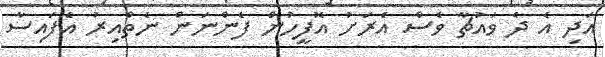
އަދި އެ ދެ ވައުޗާ ވެސް އެރަށު އޮފީހުން ފެންނަން ނެތްއިރު އެފައިސާ